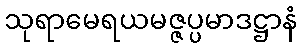
သုရာမေရယမဇ္ဇပ္ပမာဒဋ္ဌာနံ